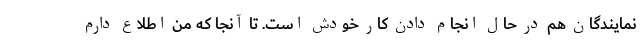
نمایندگان هم در حال انجام دادن کار خودش است. تا آنجا که من اطلاع دارم